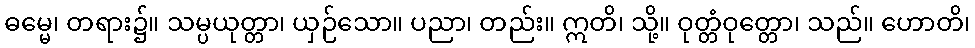
ဓမ္မေ၊ တရား၌။ သမ္ပယုတ္တာ၊ ယှဉ်သော။ ပညာ၊ တည်း။ ဣတိ၊ သို့။ ဝုတ္တံဝုတ္တော၊ သည်။ ဟောတိ၊